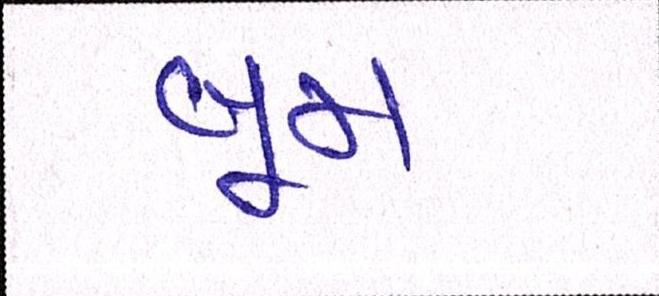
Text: બૂમ